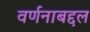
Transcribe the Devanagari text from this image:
वर्णनाबद्दल